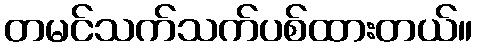
တမင်သက်သက်ပစ်ထားတယ်။